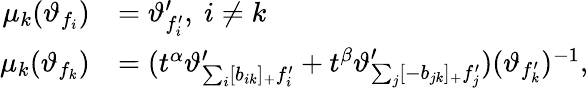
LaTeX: \begin{array}{rl}{\mu_{k}(\vartheta_{f_{i}})}&{=\vartheta_{f_{i}^{\prime}}^{\prime},\ i\neq k}\\ {\mu_{k}(\vartheta_{f_{k}})}&{=(t^{\alpha}\vartheta_{\sum_{i}[b_{ik}]_{+}f_{i}^{\prime}}^{\prime}+t^{\beta}\vartheta_{\sum_{j}[-b_{jk}]_{+}f_{j}^{\prime}}^{\prime})(\vartheta_{f_{k}^{\prime}})^{-1},}\end{array}